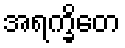
အရက္ခိတေ